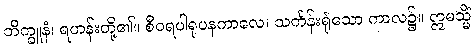
ဘိက္ခူနံ၊ ရဟန်းတို့၏။ စီဝရပါရုပနကာလေ၊ သင်္ကန်းရုံသော ကာလ၌။ ဣမသ္မိံ